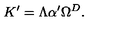
K ^ { \prime } = \Lambda \alpha ^ { \prime } \Omega ^ { D } .